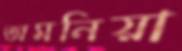
অমনিয়া